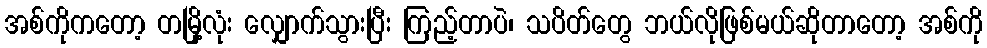
အစ်ကိုကတော့ တမြို့လုံး လျှောက်သွားပြီး ကြည့်တာပဲ၊ သပိတ်တွေ ဘယ်လိုဖြစ်မယ်ဆိုတာတော့ အစ်ကို